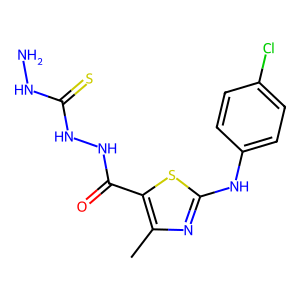
SMILES: Cc1nc(Nc2ccc(Cl)cc2)sc1C(=O)NNC(=S)NN
Inhibits HIV replication: No